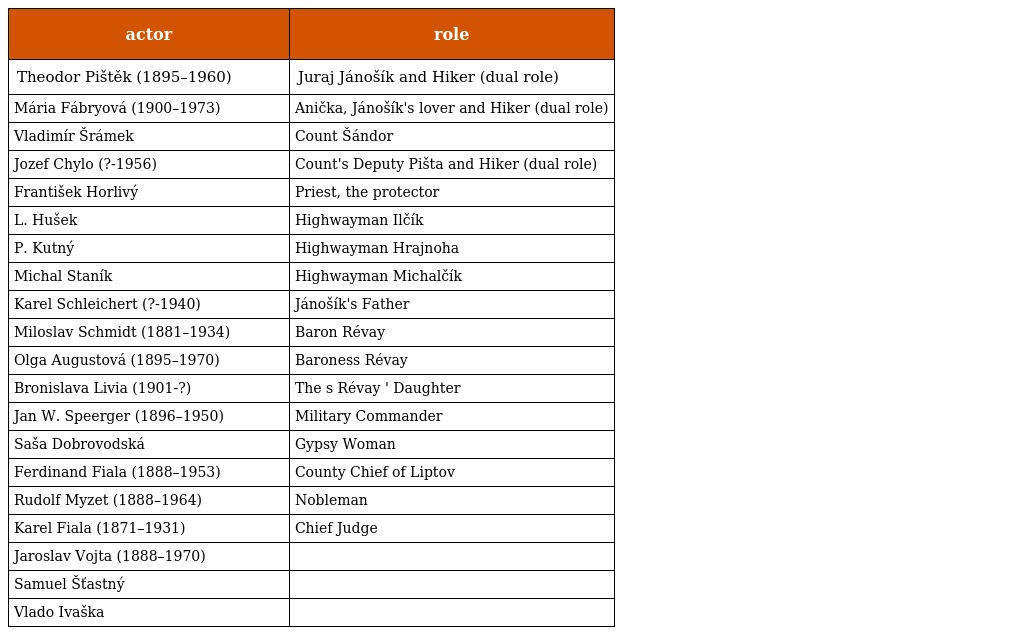
| actor | role |
 | --- | --- |
 | Theodor Pištěk (1895–1960) | Juraj Jánošík and Hiker (dual role) |
 | Mária Fábryová (1900–1973) | Anička, Jánošík's lover and Hiker (dual role) |
 | Vladimír Šrámek | Count Šándor |
 | Jozef Chylo (?-1956) | Count's Deputy Pišta and Hiker (dual role) |
 | František Horlivý | Priest, the protector |
 | L. Hušek | Highwayman Ilčík |
 | P. Kutný | Highwayman Hrajnoha |
 | Michal Staník | Highwayman Michalčík |
 | Karel Schleichert (?-1940) | Jánošík's Father |
 | Miloslav Schmidt (1881–1934) | Baron Révay |
 | Olga Augustová (1895–1970) | Baroness Révay |
 | Bronislava Livia (1901-?) | The s Révay ' Daughter |
 | Jan W. Speerger (1896–1950) | Military Commander |
 | Saša Dobrovodská | Gypsy Woman |
 | Ferdinand Fiala (1888–1953) | County Chief of Liptov |
 | Rudolf Myzet (1888–1964) | Nobleman |
 | Karel Fiala (1871–1931) | Chief Judge |
 | Jaroslav Vojta (1888–1970) |  |
 | Samuel Šťastný |  |
 | Vlado Ivaška |  |